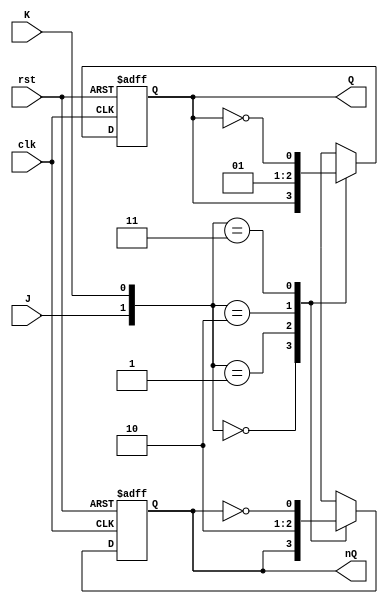
module jkff(output reg Q, nQ, input J, K , clk, rst);
    always@(negedge clk, negedge rst) begin
        if (rst) begin
            case({J,K})
                2'b00: begin
                    Q<=Q;
                    nQ<=nQ;
                end
                2'b01: begin
                    Q<=1'b0;
                    nQ<=1'b1;
                end
                2'b10: begin
                    Q<=1'b1;
                    nQ<=1'b0;
                end
                2'b11: begin
                    Q<=~Q;
                    nQ<=~nQ;
                end
            endcase
        end
        else begin
            Q<=1'b0;
            nQ<=1'b1;
        end
    end
endmodule